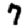
Digit: 7